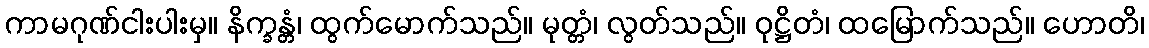
ကာမဂုဏ်ငါးပါးမှ။ နိက္ခန္တံ၊ ထွက်မောက်သည်။ မုတ္တံ၊ လွတ်သည်။ ဝုဋ္ဌိတံ၊ ထမြောက်သည်။ ဟောတိ၊